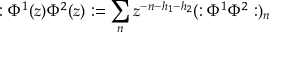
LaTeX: : \Phi ^ { 1 } ( z ) \Phi ^ { 2 } ( z ) : = \sum _ { n } z ^ { - n - h _ { 1 } - h _ { 2 } } ( : \Phi ^ { 1 } \Phi ^ { 2 } : ) _ { n }